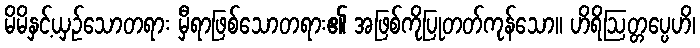
မိမိနှင့်ယှဉ်သောတရား မှီရာဖြစ်သောတရား၏ အဖြစ်ကိုပြုတတ်ကုန်သော။ ဟိရိဩတ္တပ္ပေဟိ၊